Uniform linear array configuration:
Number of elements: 16
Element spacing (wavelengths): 1
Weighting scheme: hamming
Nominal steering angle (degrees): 45
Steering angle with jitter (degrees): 45.324
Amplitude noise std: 0.05
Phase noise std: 0.05

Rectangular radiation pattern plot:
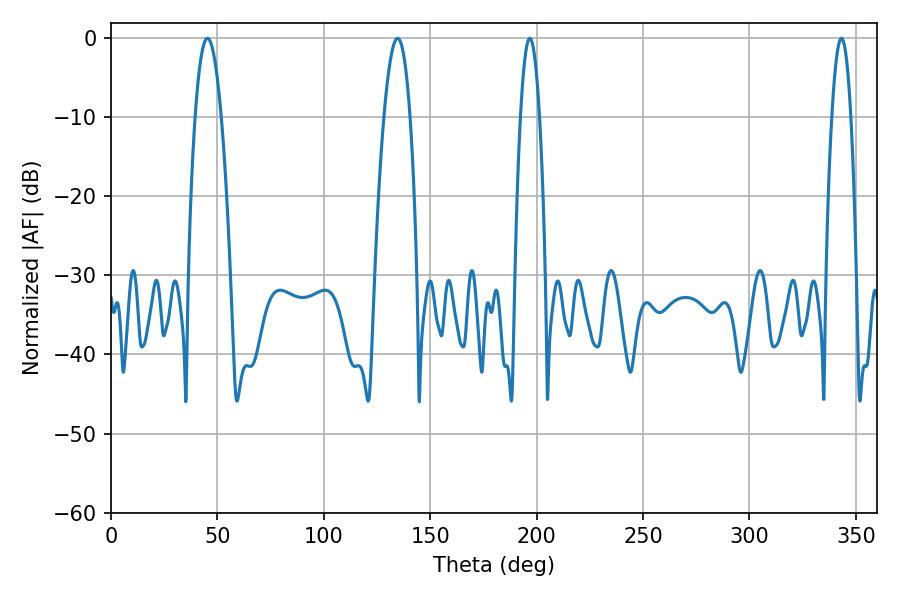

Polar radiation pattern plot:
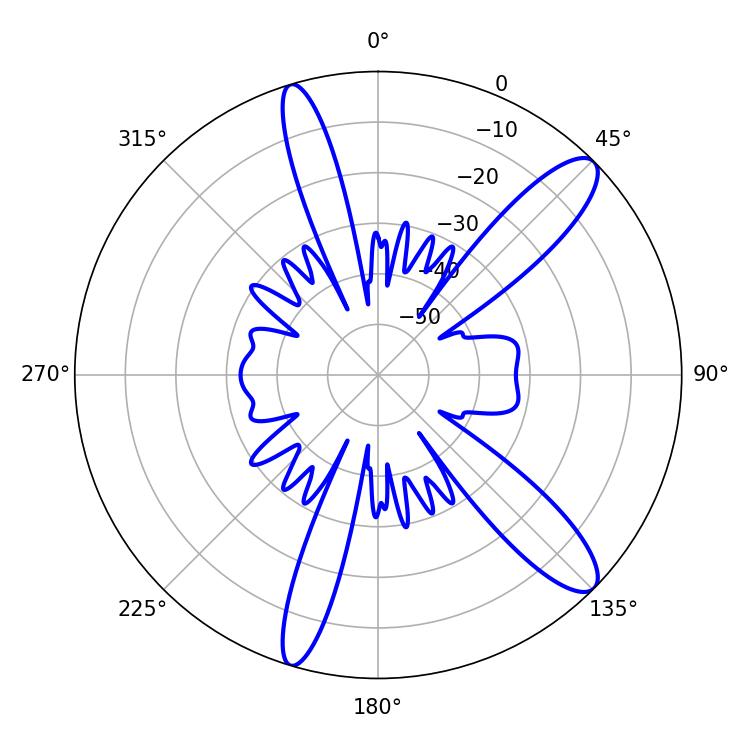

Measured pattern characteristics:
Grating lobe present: TRUE
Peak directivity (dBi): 11.97
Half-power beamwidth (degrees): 6.66
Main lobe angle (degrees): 45.36